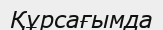
Құрсағымда